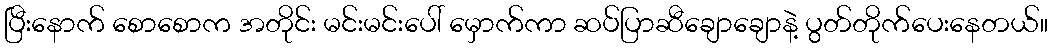
ပြီးနောက် စောစောက အတိုင်း မင်းမင်းပေါ် မှောက်ကာ ဆပ်ပြာဆီချောချောနဲ့ ပွတ်တိုက်ပေးနေတယ်။